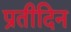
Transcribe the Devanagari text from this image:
प्रतीदिन